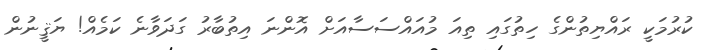
ކުރުމަކީ ރައްޔިތުންގެ ހިތުގައި ތިއަ މުއައްސަސާއަށް އޮންނަ އިތުބާރު ގަދަވާނެ ކަމެއް! ޔަޤީނުން